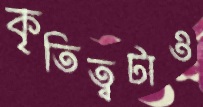
কৃতিত্বটাও